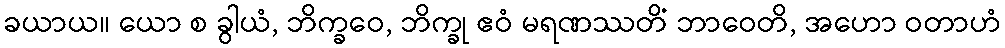
ခယာယ။ ယော စ ခွါယံ, ဘိက္ခဝေ, ဘိက္ခု ဧဝံ မရဏဿတိံ ဘာဝေတိ, အဟော ဝတာဟံ